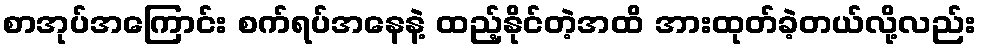
စာအုပ်အကြောင်း စက်ရပ်အနေနဲ့ ထည့်နိုင်တဲ့အထိ အားထုတ်ခဲ့တယ်လို့လည်း